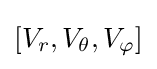
[V_{r},V_{\theta },V_{\varphi }]